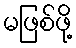
မဖြစ်ဖို့